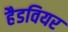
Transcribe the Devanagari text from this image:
हैडवियर